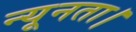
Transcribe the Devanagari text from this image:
न्यूनता।